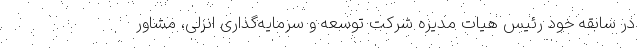
در سابقه خود رئیس هیات مدیره شرکت توسعه و سرمایه‌گذاری انزلی، مشاور